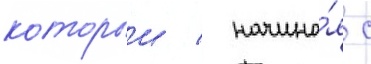
которыи / начина́я с